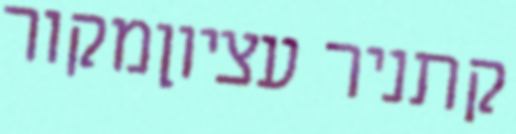
קתניר עציוןמקור